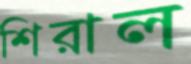
শিরাল